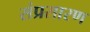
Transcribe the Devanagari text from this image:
संप्रसारण